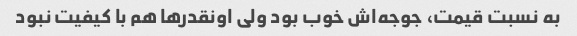
به نسبت قیمت، جوجه‌اش خوب بود ولی اونقدرها هم با کیفیت نبود